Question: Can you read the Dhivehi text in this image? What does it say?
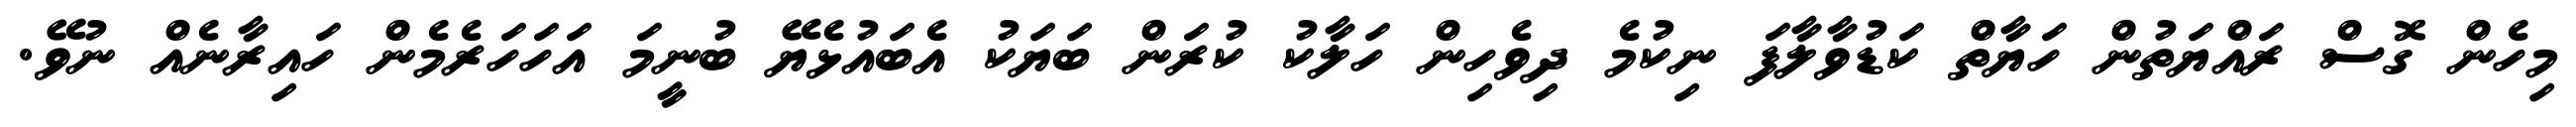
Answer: މިހެން ގޮސް ރައްޔަތުން ހަޔާތް ކަޑުވާލާފަ ނިކުމެ ދިވެހިން ހަލާކު ކުރަން ބަޔަކު އެބައުޅެޔޭ ބުނީމަ އަހަހަރެމެން ހައިރާނެއް ނުވޭ.